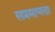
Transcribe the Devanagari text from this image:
सप्रमाणता